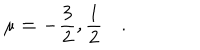
\mathbf { \mu = - \frac { 3 } { 2 } , \frac { 1 } { 2 } } \quad .